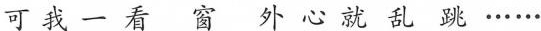
可 我 一 看 窗 外 心 就 乱 跳 ······